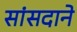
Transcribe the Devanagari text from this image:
सांसदाने